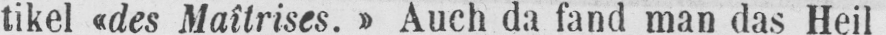
tikel «des Maîtrises.» Auch da fand man das Heil